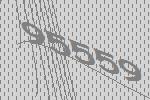
95559